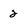
Character: 2